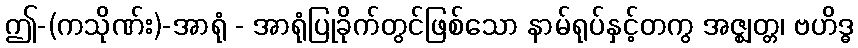
ဤ-(ကသိုဏ်း)-အာရုံ - အာရုံပြုခိုက်တွင်ဖြစ်သော နာမ်ရုပ်နှင့်တကွ အဇ္ဈတ္တ၊ ဗဟိဒ္ဓ